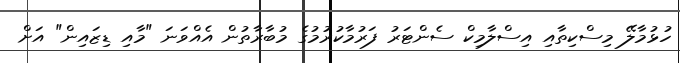
ހުޅުމާލޭ މިސްކިތާއި އިސްލާމިކް ސެންޓަރު ފަރުމާކުރުމުގެ މުބާރާތުން އެއްވަނަ "މާއި ޑިޒައިން" އަށް